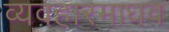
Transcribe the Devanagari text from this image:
व्यवहारमाधव